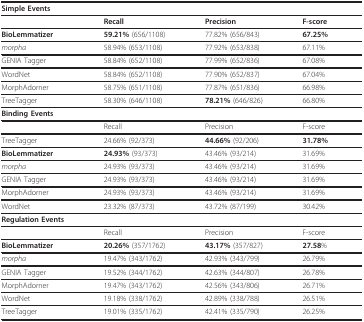
<table><thead><tr><td><b>Simple Events</b></td><td></td><td></td><td></td></tr></thead><tbody><tr><td></td><td><b>Recall</b></td><td><b>Precision</b></td><td><b>F-score</b></td></tr><tr><td><b>BioLemmatizer</b></td><td><b>59.21% </b>(656/1108)</td><td>77.82% (656/843)</td><td><b>67.25%</b></td></tr><tr><td><i>morpha</i></td><td>58.94% (653/1108)</td><td>77.92% (653/838)</td><td>67.11%</td></tr><tr><td>GENIA Tagger</td><td>58.84% (652/1108)</td><td>77.99% (652/836)</td><td>67.08%</td></tr><tr><td>WordNet</td><td>58.84% (652/1108)</td><td>77.90% (652/837)</td><td>67.04%</td></tr><tr><td>MorphAdorner</td><td>58.75% (651/1108)</td><td>77.87% (651/836)</td><td>66.98%</td></tr><tr><td>TreeTagger</td><td>58.30% (646/1108)</td><td><b>78.21% </b>(646/826)</td><td>66.80%</td></tr><tr><td><b>Binding Events</b></td><td></td><td></td><td></td></tr><tr><td></td><td>Recall</td><td>Precision</td><td>F-score</td></tr><tr><td>TreeTagger</td><td>24.66% (92/373)</td><td><b>44.66% </b>(92/206)</td><td><b>31.78%</b></td></tr><tr><td><b>BioLemmatizer</b></td><td><b>24.93% </b>(93/373)</td><td>43.46% (93/214)</td><td>31.69%</td></tr><tr><td><i>morpha</i></td><td>24.93% (93/373)</td><td>43.46% (93/214)</td><td>31.69%</td></tr><tr><td>GENIA Tagger</td><td>24.93% (93/373)</td><td>43.46% (93/214)</td><td>31.69%</td></tr><tr><td>MorphAdorner</td><td>24.93% (93/373)</td><td>43.46% (93/214)</td><td>31.69%</td></tr><tr><td>WordNet</td><td>23.32% (87/373)</td><td>43.72% (87/199)</td><td>30.42%</td></tr><tr><td><b>Regulation Events</b></td><td></td><td></td><td></td></tr><tr><td></td><td>Recall</td><td>Precision</td><td>F-score</td></tr><tr><td><b>BioLemmatizer</b></td><td><b>20.26% </b>(357/1762)</td><td><b>43.17% </b>(357/827)</td><td><b>27.58</b>%</td></tr><tr><td><i>morpha</i></td><td>19.47% (343/1762)</td><td>42.93% (343/799)</td><td>26.79%</td></tr><tr><td>GENIA Tagger</td><td>19.52% (344/1762)</td><td>42.63% (344/807)</td><td>26.78%</td></tr><tr><td>MorphAdorner</td><td>19.47% (343/1762)</td><td>42.56% (343/806)</td><td>26.71%</td></tr><tr><td>WordNet</td><td>19.18% (338/1762)</td><td>42.89% (338/788)</td><td>26.51%</td></tr><tr><td>TreeTagger</td><td>19.01% (335/1762)</td><td>42.41% (335/790)</td><td>26.25%</td></tr></tbody></table>